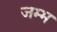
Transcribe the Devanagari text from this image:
जम्भ